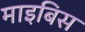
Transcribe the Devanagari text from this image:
माइबिस